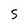
Character: 5